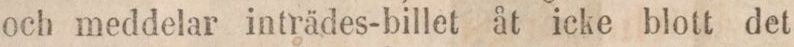
och meddelar inträdes-billet åt icke blott det